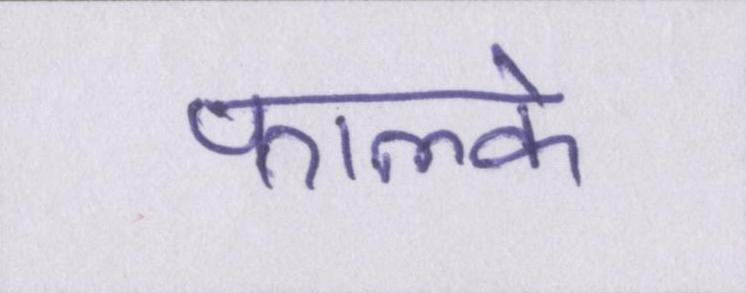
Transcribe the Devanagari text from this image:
फाल्के